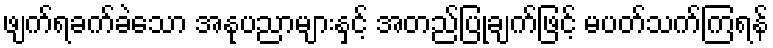
ဖျက်ရခက်ခဲသော အနုပညာများနှင့် အတည်ပြုချက်ဖြင့် မပတ်သက်ကြရန်